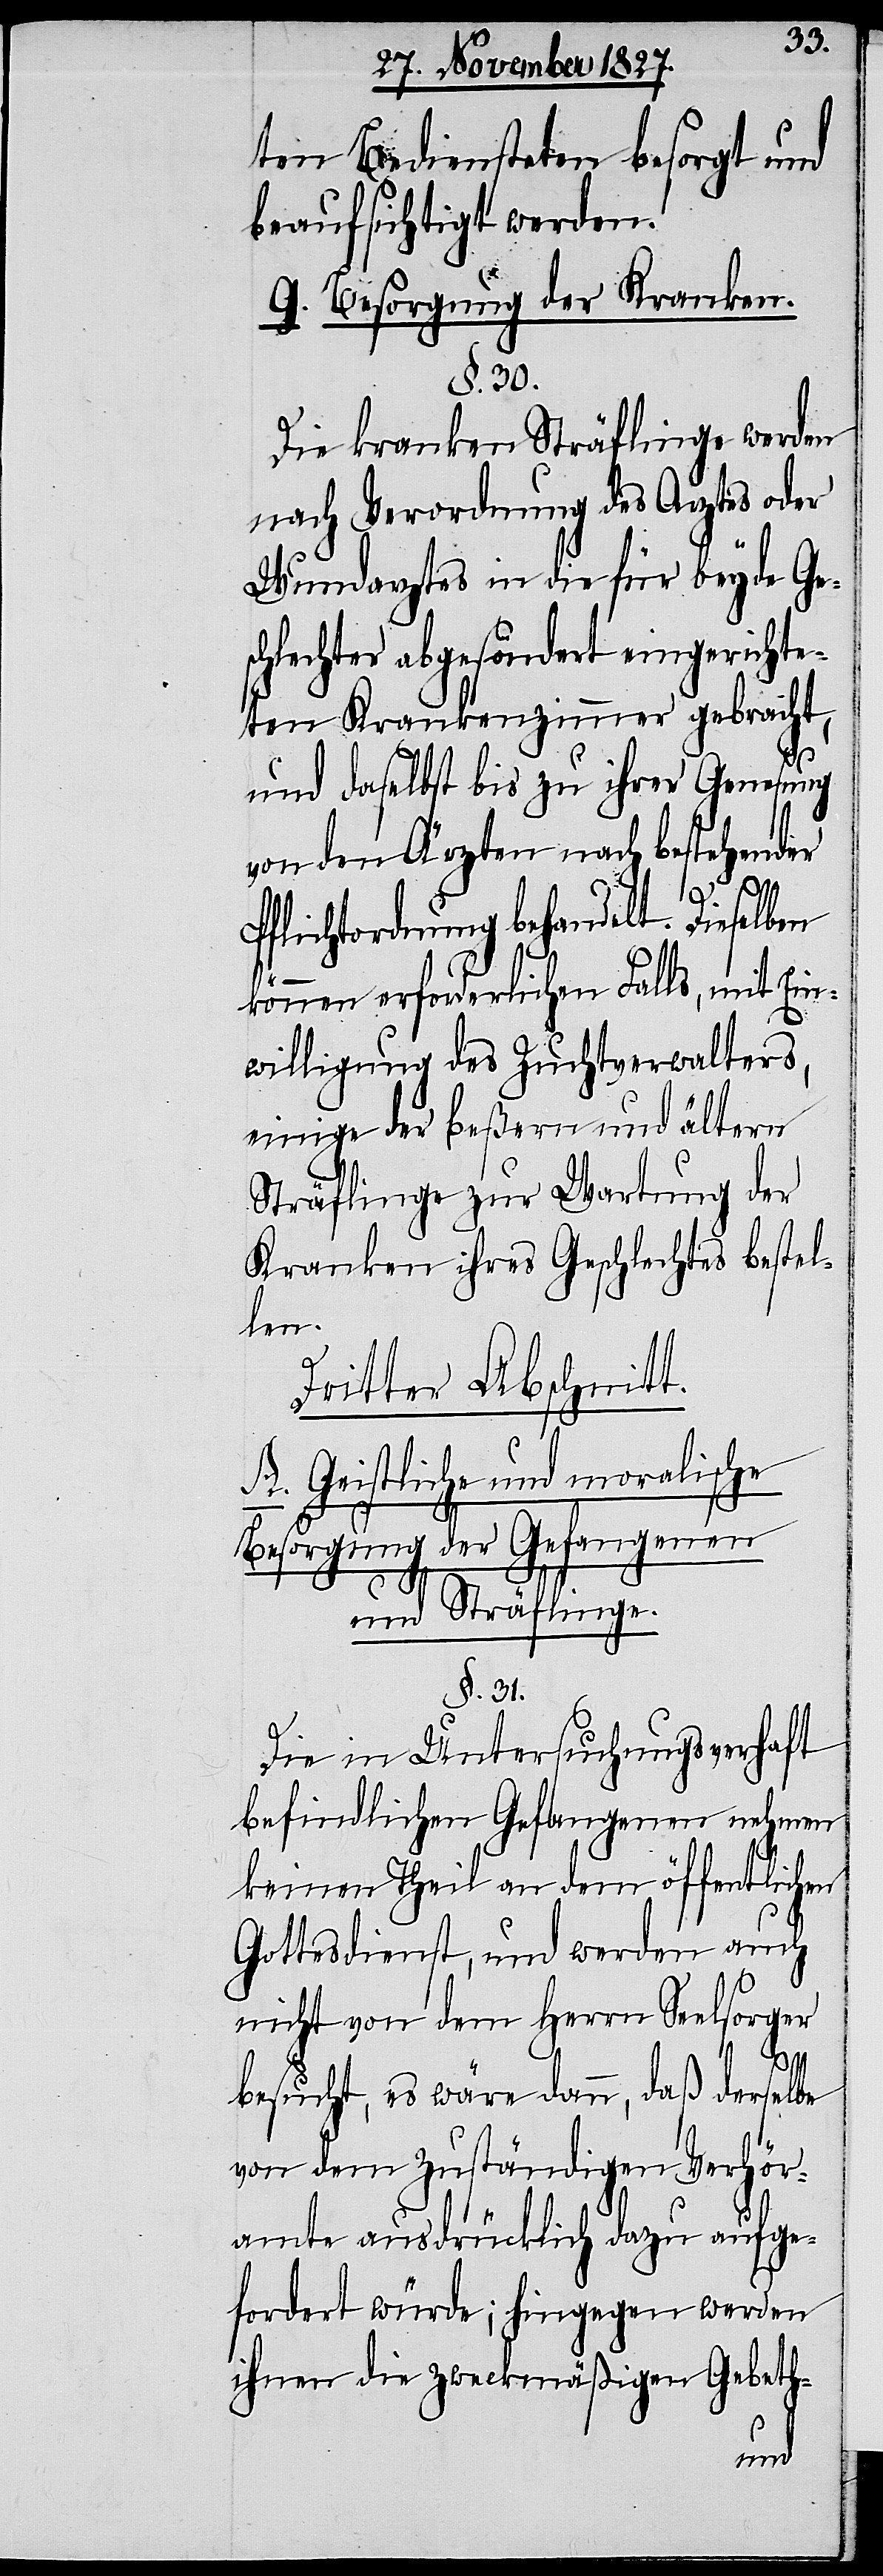
ten Bediensteten besorgt und
beaufsichtigt werden.
G. Besorgung der Kranken.
§. 30.
Die kranken Sträflinge werden
nach Verordnung des Arztes oder
Wundarztes in die für beyde Ges¬
chlechter abgesondert eingerichte¬
ten Krankenzimmer gebracht,
und daselbst bis zu ihrer Genesung
von dem Ärzten nach bestehender
Pflichtordnung behandelt. Dieselben
können erforderlichen Falls, mit Ein¬
willigung des Zuchtverwalters,
einige der beßern und ältern
Sträflinge zur Wartung der
Kranken ihres Geschlechts bestel¬
len.
Dritter Abschnitt.
A. Geistliche und moralische
Besorgung der Gefangenen
und Sträflinge.
§. 31.
Die in Untersuchungsverhaft
befindlichen Gefangenen nehmen
keinen Theil an dem öffentlichen
Gottesdienst, und werden auch
nicht von dem Herrn Seelsorger
besucht, es wäre denn, daß derselbe
von dem Zuständigen Verhör¬
amte ausdrücklich dazu aufge¬
fordert würde; hingegen werden
ihnen die zweckmäßigen Gebeth-